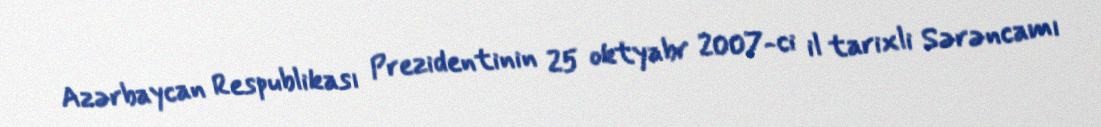
Azərbaycan Respublikası Prezidentinin 25 oktyabr 2007-ci il tarixli Sərəncamı